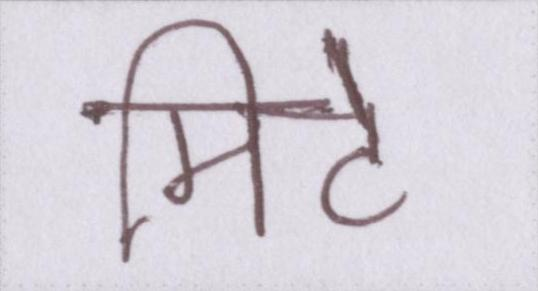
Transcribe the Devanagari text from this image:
मिटे